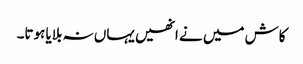
کاش میں نے انھیں یہاں نہ بلایا ہوتا۔